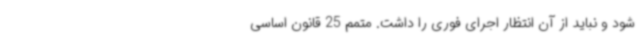
شود و نباید از آن انتظار اجرای فوری را داشت. متمم 25 قانون اساسی